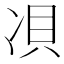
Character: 𱐅